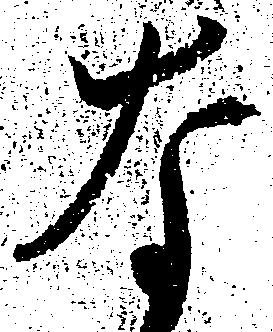
な